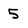
Character: 5